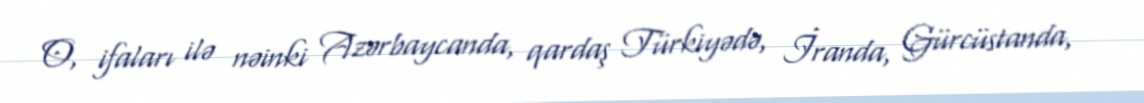
O, ifaları ilə nəinki Azərbaycanda, qardaş Türkiyədə, İranda, Gürcüstanda,